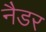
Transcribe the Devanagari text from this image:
नैडर